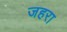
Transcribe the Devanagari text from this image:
जहरा